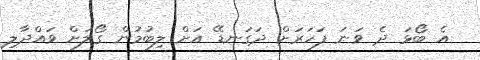
އެ ބޯޅަ ދެ ވަނަ ފަހަރަށް ދަގަނޑޭ އަށް ލިބުމުން ގޯލަށް ވައްދާލި